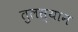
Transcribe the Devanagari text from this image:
तुलस्यान